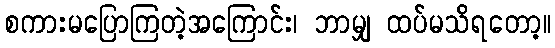
စကားမပြောကြတဲ့အကြောင်း၊ ဘာမျှ ထပ်မသိရတော့။